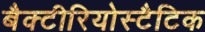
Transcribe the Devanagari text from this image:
बैक्टीरियोस्टैटिक